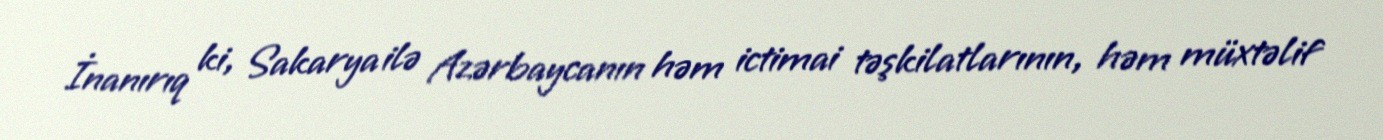
İnanırıq ki, Sakarya ilə Azərbaycanın həm ictimai təşkilatlarının, həm müxtəlif